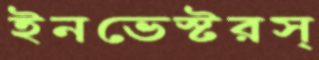
ইনভেস্টরস্